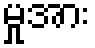
မှုအား